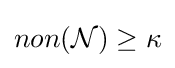
non({\mathcal {N}})\geq \kappa